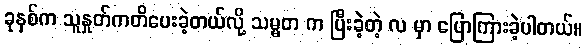
ခုနှစ်က သူနှုတ်ကတိပေးခဲ့တယ်လို့ သမ္မတ က ပြီးခဲ့တဲ့ လ မှာ ပြောကြားခဲ့ပါတယ်။